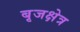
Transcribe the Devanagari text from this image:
बृजक्षेत्र